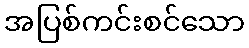
အပြစ်ကင်းစင်သော